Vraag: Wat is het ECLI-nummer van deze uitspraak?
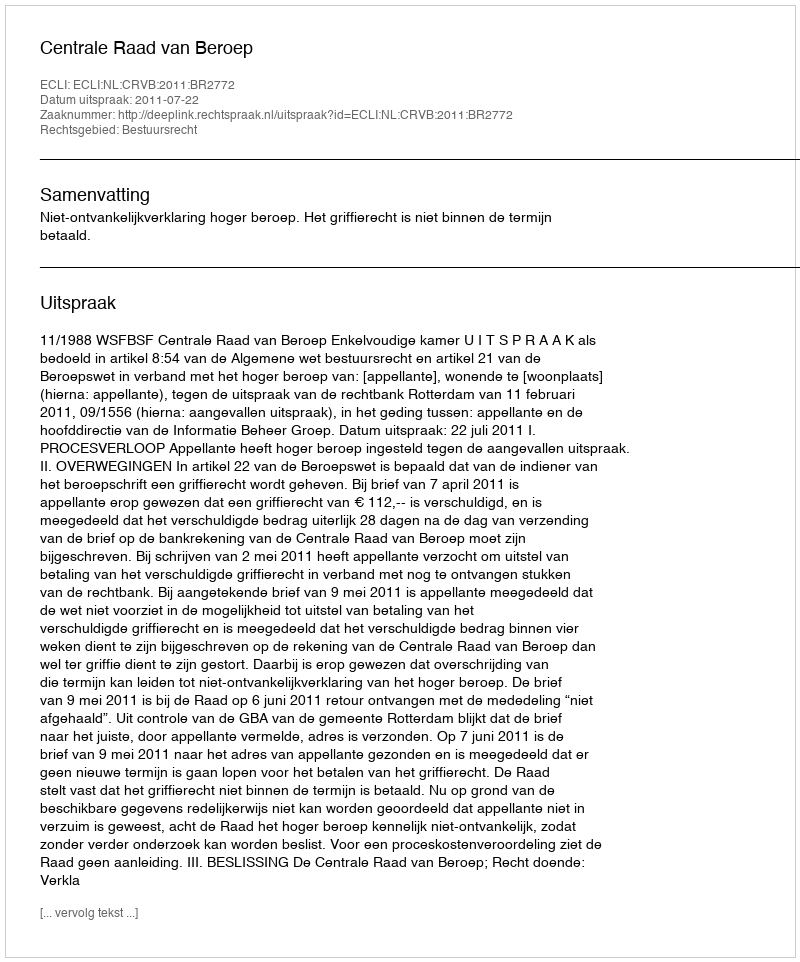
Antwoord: ECLI:NL:CRVB:2011:BR2772